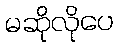
မဆိုလိုပေ